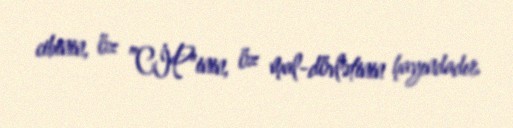
cibinin, öz ”CİP"inin, öz mal-dövlətinin hayındadır.